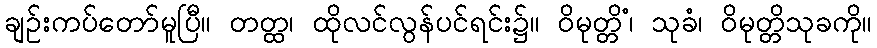
ချဉ်းကပ်တော်မူပြီ။ တတ္ထ၊ ထိုလင်လွန်ပင်ရင်း၌။ ဝိမုတ္တိံ၊ သုခံ၊ ဝိမုတ္တိသုခကို။